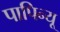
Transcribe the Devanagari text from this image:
पापिन्यू